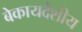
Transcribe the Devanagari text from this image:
बेकायदेशीय